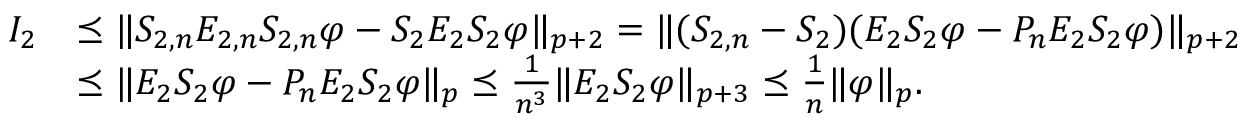
\begin{array} { r l } { I _ { 2 } } & { \preceq \| S _ { 2 , n } E _ { 2 , n } S _ { 2 , n } \varphi - S _ { 2 } E _ { 2 } S _ { 2 } \varphi \| _ { p + 2 } = \| ( S _ { 2 , n } - S _ { 2 } ) ( E _ { 2 } S _ { 2 } \varphi - P _ { n } E _ { 2 } S _ { 2 } \varphi ) \| _ { p + 2 } } \\ & { \preceq \| E _ { 2 } S _ { 2 } \varphi - P _ { n } E _ { 2 } S _ { 2 } \varphi \| _ { p } \preceq \frac { 1 } { n ^ { 3 } } \| E _ { 2 } S _ { 2 } \varphi \| _ { p + 3 } \preceq \frac { 1 } { n } \| \varphi \| _ { p } . } \end{array}